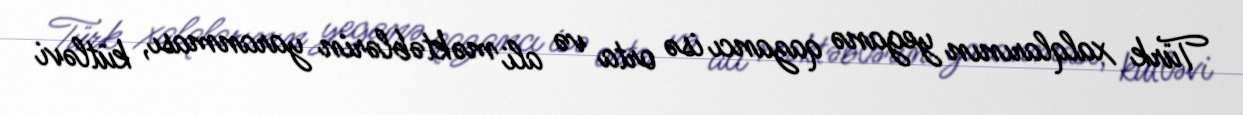
Türk xalqlarının yeganə qazancı isə orta və ali məktəblərin yaranması, kütləvi